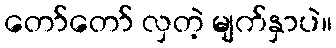
တော်တော် လှတဲ့ မျက်နှာပဲ။